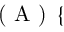
\textup { ( A ) } \left\{ \begin{array} { r l } \end{array} \right.